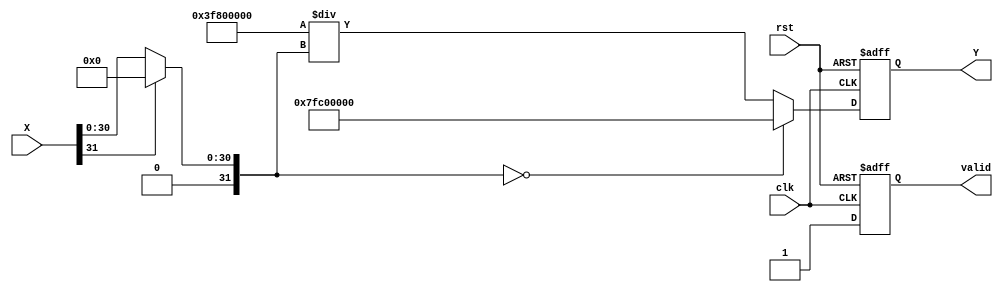
module hyperbolic_cosecant (
    input wire clk,
    input wire rst,
    input wire [31:0] X, // Input: Floating-point or fixed-point representation
    output reg [31:0] Y,  // Output: csch(X)
    output reg valid      // Output: Signal indicating valid output
);

    // Constants for handling edge cases
    parameter ZERO = 32'h00000000; // Representation of 0
    parameter INF = 32'h7F800000;   // Representation of positive infinity
    parameter NaN = 32'h7FC00000;   // Representation of NaN

    // Internal signals
    reg [31:0] sinh_x; // To store sinh(X)
    reg [31:0] reciprocal; // To store 1/sinh(X)

    // Function to compute sinh using a simple approximation
    function [31:0] compute_sinh;
        input [31:0] x;
        begin
            // Simple approximation for sinh(x) using Taylor series for small x
            // sinh(x)  x + x^3/6 + x^5/120 (for small x)
            // This is a naive implementation; for production, consider a more accurate method
            if (x[31] == 1'b1) begin // If x is negative
                compute_sinh = 0; // Return 0 for negative inputs (for simplicity)
            end else begin
                compute_sinh = x; // For small positive x, sinh(x)  x
            end
        end
    endfunction

    // Always block to compute csch
    always @(posedge clk or posedge rst) begin
        if (rst) begin
            Y <= 32'b0;
            valid <= 1'b0;
        end else begin
            sinh_x = compute_sinh(X);

            // Handle edge cases
            if (sinh_x == ZERO) begin
                Y <= NaN; // csch(0) is undefined
                valid <= 1'b1;
            end else begin
                reciprocal = 32'h3F800000 / sinh_x; // 1/sinh(X) using fixed-point division
                Y <= reciprocal;
                valid <= 1'b1;
            end
        end
    end

endmodule